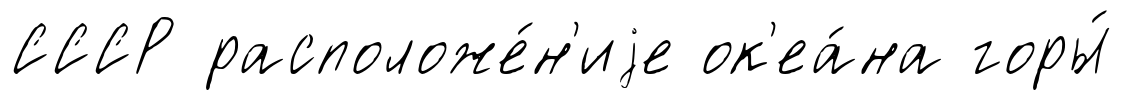
СССР расположе́н'иjе ок'еа́на горы́